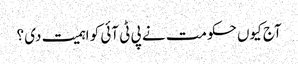
آج کیوں حکومت نے پی ٹی آئی کو اہمیت دی ؟